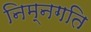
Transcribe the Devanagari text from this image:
निम्नगति